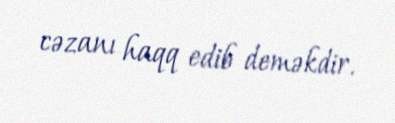
cəzanı haqq edib deməkdir.